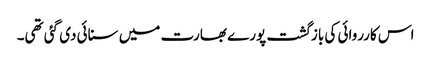
اس کارروائی کی بازگشت پورے بھارت میں سنائی دی گئی تھی۔